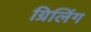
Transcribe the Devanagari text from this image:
ग्रिलिंग